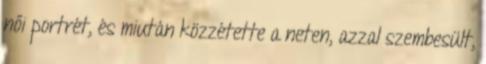
női portrét, és miután közzétette a neten, azzal szembesült,